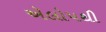
ઍલોપથી